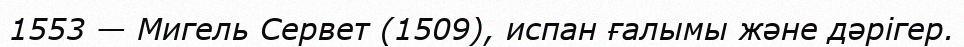
1553 — Мигель Сервет (1509), испан ғалымы және дәрігер.